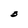
Character: 3